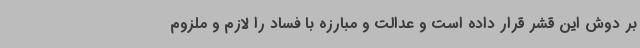
بر دوش این قشر قرار داده است و عدالت و مبارزه با فساد را لازم و ملزوم